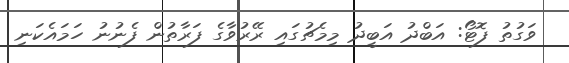
ވަގުތު ފޮޓޯ: އަބްދު އަބީދު މިމެޗުގައި ރޭރުވާގެ ފަރާތުން ފެނުނު ހަމައެކަނި